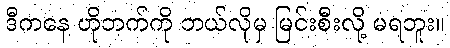
ဒီကနေ ဟိုဘက်ကို ဘယ်လိုမှ မြင်းစီးလို့ မရဘူး။